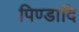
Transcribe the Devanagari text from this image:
पिण्डादि